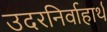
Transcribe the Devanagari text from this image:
उदरनिर्वाहार्थ